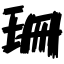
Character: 珊